Tezpur Lunatic Asylum reports 1877-1894 - 1877-1894
Year: 1877
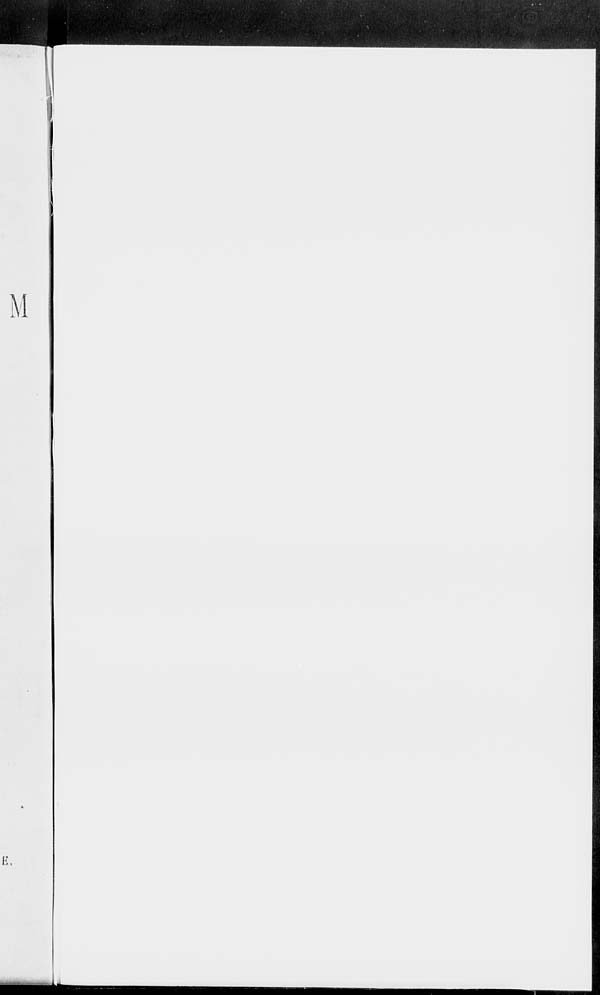
M
B.